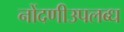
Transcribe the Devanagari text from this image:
नोंदणीउपलब्ध